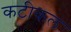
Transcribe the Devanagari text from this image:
कटीकल